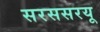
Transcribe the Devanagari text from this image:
सरससरयू